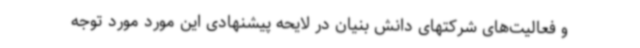
و فعالیت‌های شرکتهای دانش بنیان در لایحه پیشنهادی این مورد مورد توجه